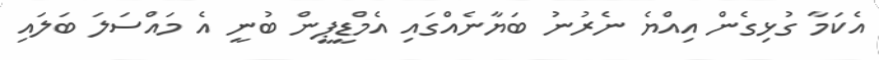
އެކަމާ ގުޅިގެން އިއްޔެ ނެރުނު ބަޔާނެއްގައި އެމްޑީޕީން ބުނީ އެ މައްސަލަ ބަލައި